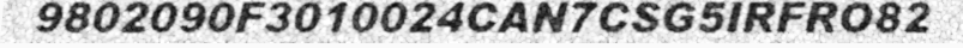
9802090F3010024CAN7CSG5IRFRO82